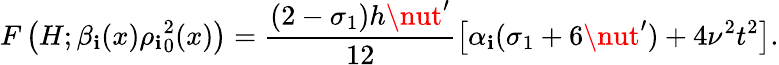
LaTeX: F\left(H;\beta_{\mathbf{i}}(x){\rho_{\mathbf{i}}}_{0}^{2}(x)\right)=\frac{{(2-\sigma_{1})h\nut^{\prime}}}{{12}}\left[\alpha_{\mathbf{i}}(\sigma_{1}+6\nut^{\prime})+4\nu^{2}t^{2}\right].